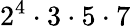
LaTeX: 2^{4}\cdot 3\cdot 5\cdot 7